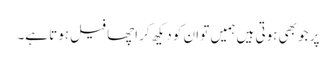
پر جو بھی ہوتی ہیں ہمیں تو ان کو دیکھ کر اچھا فیل ہوتا ہے۔